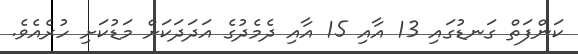
ކަންފަތް ގަނޑުގައި 13 އާއި 15 އާއި ދެމެދުގެ އަދަދަަކަށް މަޑުކަށި ހުރެއެވެ.